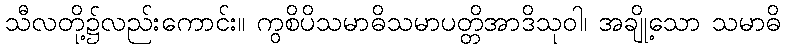
သီလတို့၌လည်းကောင်း။ ကွစိပိသမာဓိသမာပတ္တိအာဒိသုဝါ၊ အချို့သော သမာဓိ